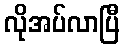
လိုအပ်လာပြီ